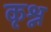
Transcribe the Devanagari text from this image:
कृश्न